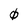
Character: 0